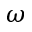
\omega